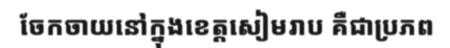
ចែកចាយនៅក្នុងខេត្តសៀមរាប គឺជាប្រភព